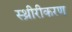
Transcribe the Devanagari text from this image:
स्थ्रीरीकरण